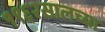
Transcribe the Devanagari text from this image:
१९६२सालच्या